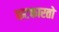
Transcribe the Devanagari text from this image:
फटकारतो